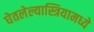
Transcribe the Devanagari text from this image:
घेतलेल्यास्त्रियामध्ये